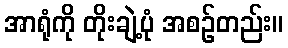
အာရုံကို တိုးချဲ့ပုံ အစဉ်တည်း။